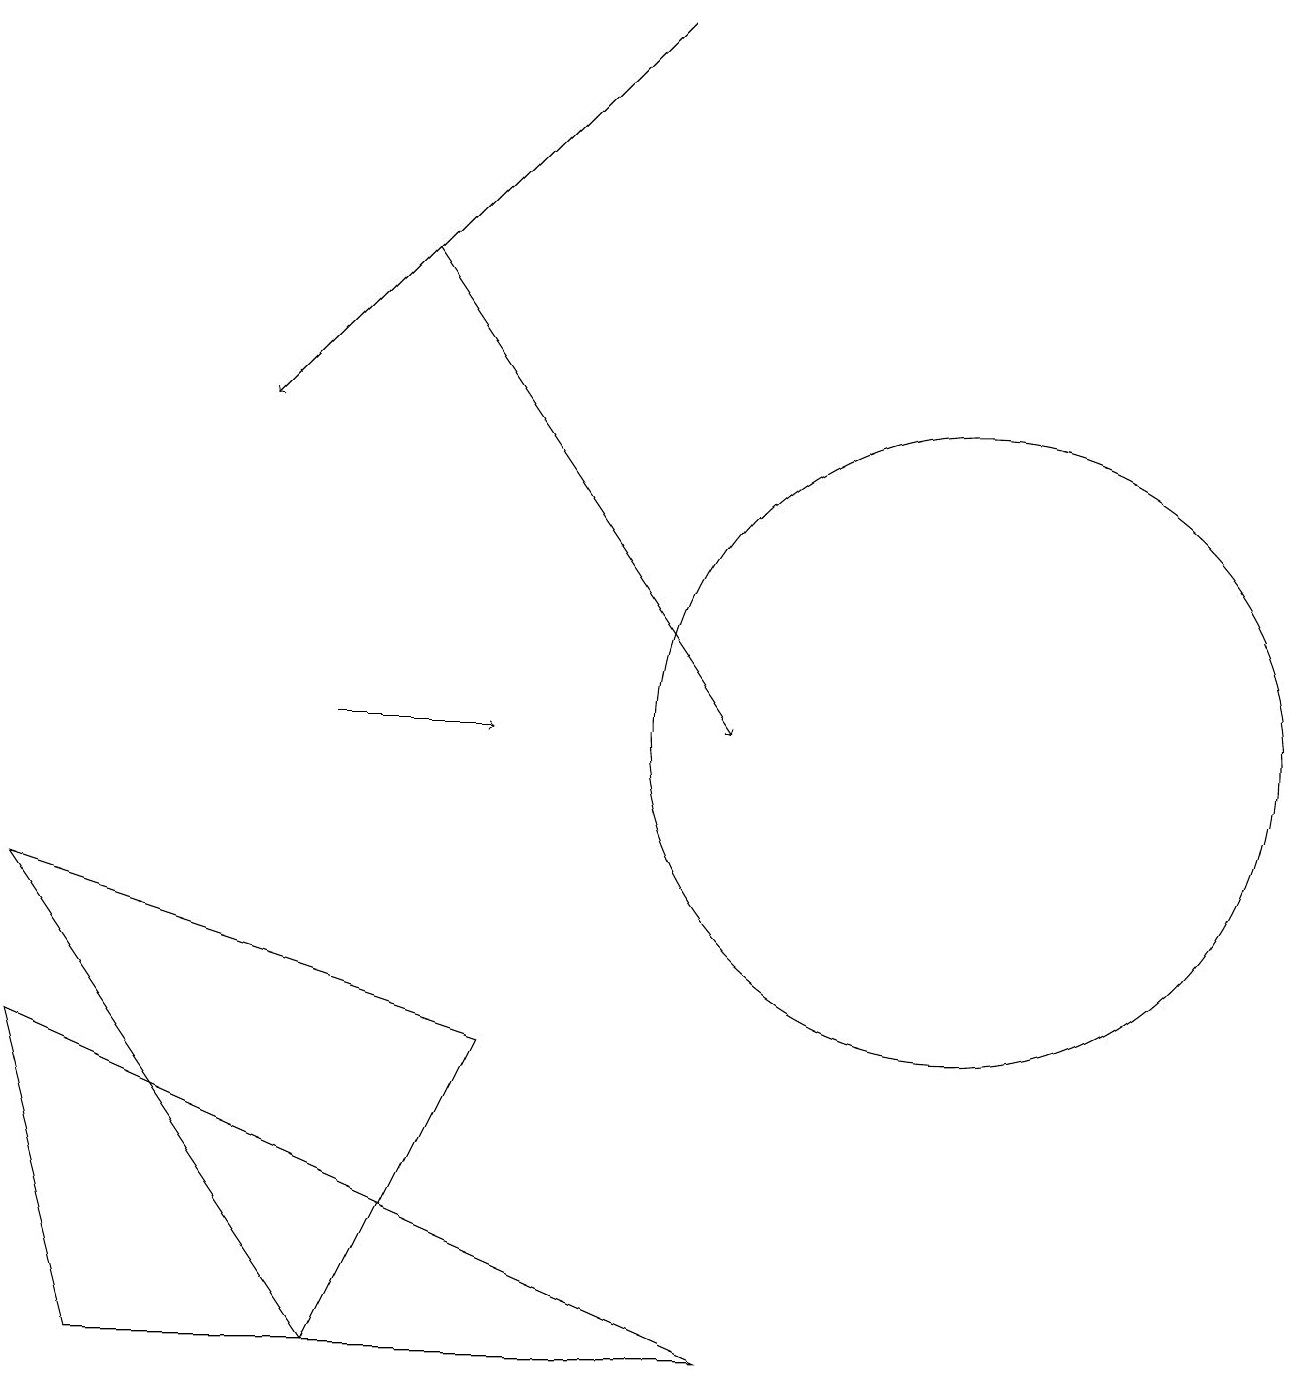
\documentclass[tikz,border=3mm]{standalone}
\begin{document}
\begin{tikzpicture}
\draw[->] (8,19) -- (3,14);
\draw[->] (5,16) -- (9,10);
\draw (4,2) -- (6,6) -- (0,8) -- cycle;
\draw[->] (4,10) -- (6,10);
\draw (1,2) -- (9,2) -- (0,6) -- cycle;
\draw (12,10) circle (4);
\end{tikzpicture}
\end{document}